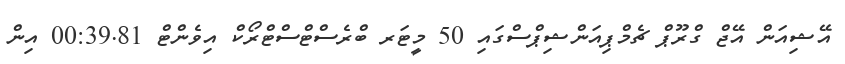
އޭޝިއަން އޭޖް ގްރޫޕް ޗެމްޕިއަންޝިޕްސްގައި 50 މީޓަރ ބްރެސްޓްސްޓްރޯކް އިވެންޓް 00:39.81 އިން